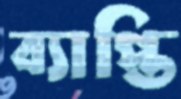
ব্যাপ্তি